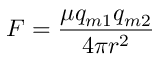
F = { \frac { \mu q _ { m 1 } q _ { m 2 } } { 4 \pi r ^ { 2 } } }